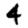
Digit: 4